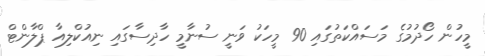
މީހުން ހޯދުމުގެ މަސައްކަތުގައި 90 މީހަކު ވަނީ ސުނާމީ ހާދިސާގައި ނިއުކްލިއާ ޕްލާންޓް